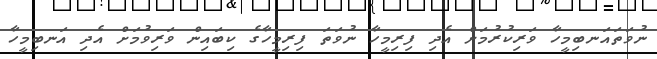
ނުވަތައަނބިމީހާ ވަރިކުރުމަށް އެދި ފިރިމީހާ ނުވަތަ ފިރިމީހާގެ ކިބައިން ވަރިވުމަށް އެދި އަނބިމީހާ